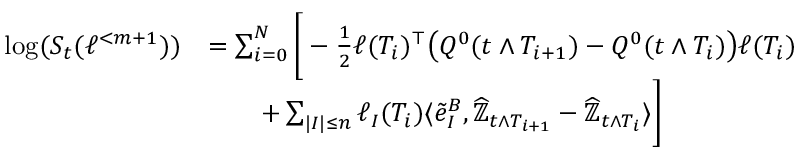
\begin{array} { r l } { \log ( S _ { t } ( \ell ^ { < m + 1 } ) ) } & { = \sum _ { i = 0 } ^ { N } \bigg [ - \frac { 1 } { 2 } \ell ( T _ { i } ) ^ { \top } \big ( Q ^ { 0 } ( { t \land T _ { i + 1 } } ) - Q ^ { 0 } ( t \land T _ { i } ) \big ) \ell ( T _ { i } ) } \\ & { \qquad + \sum _ { | I | \leq n } \ell _ { I } ( T _ { i } ) \langle \tilde { e } _ { I } ^ { B } , \widehat { \mathbb { Z } } _ { { t \land T _ { i + 1 } } } - \widehat { \mathbb { Z } } _ { t \land T _ { i } } \rangle \bigg ] } \end{array}